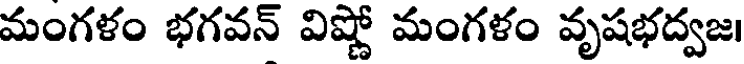
మంగళం భగవన్ విష్ణో మంగళం వృషభద్వజ।